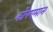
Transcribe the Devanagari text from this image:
कोपएमान